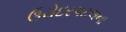
ઉરોદરપટલના